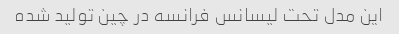
این مدل تحت لیسانس فرانسه در چین تولید شده